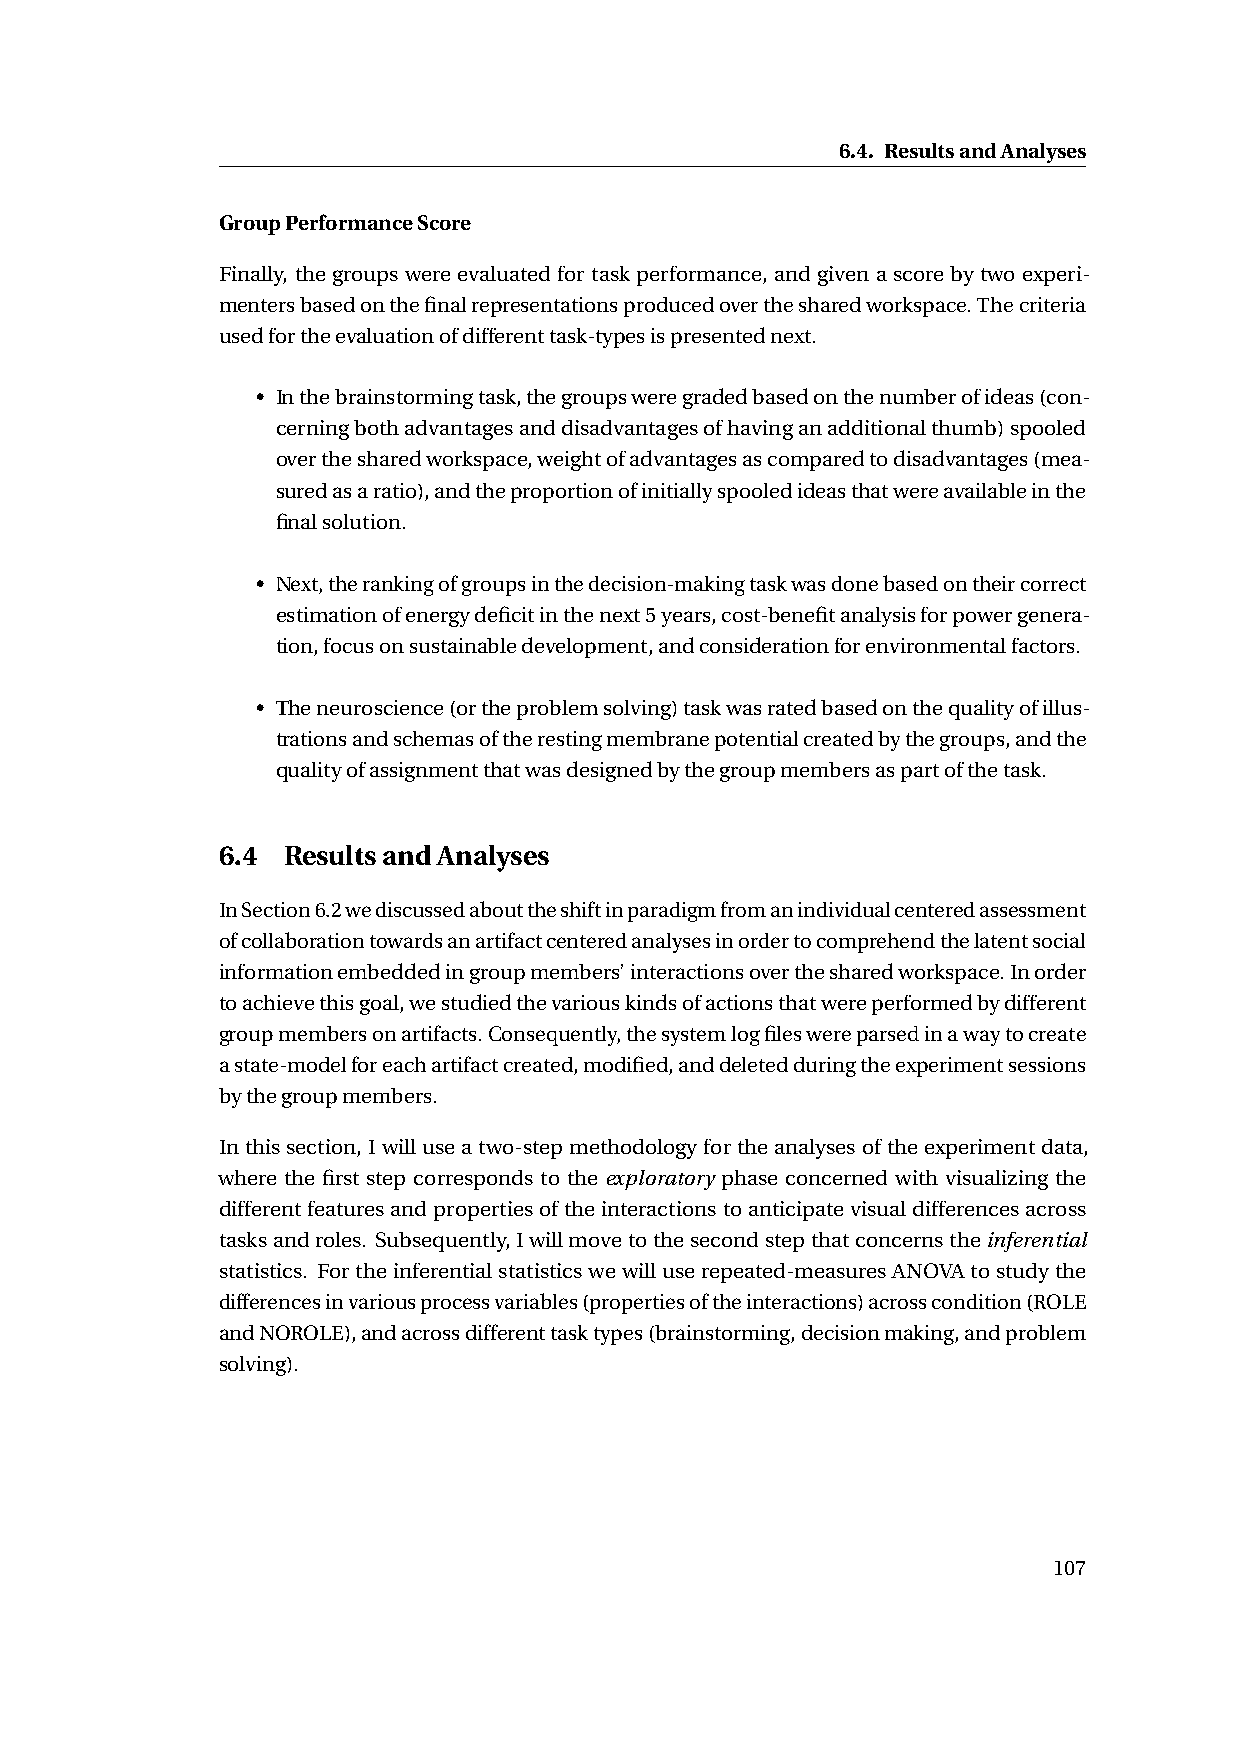
6.4. ResultsandAnalyses
 GroupPerformanceScore
 Finally, thegroupswereevaluatedfortaskperformance, andgivenascorebytwoexperi-
 mentersbasedonthefinalrepresentationsproducedoverthesharedworkspace.Thecriteria
 usedfortheevaluationofdifferenttask-typesispresentednext.
 • Inthebrainstormingtask,thegroupsweregradedbasedonthenumberofideas(con-
 cerningbothadvantagesanddisadvantagesofhavinganadditionalthumb)spooled
 overthesharedworkspace,weightofadvantagesascomparedtodisadvantages(mea-
 suredasaratio),andtheproportionofinitiallyspooledideasthatwereavailableinthe
 finalsolution.
 • Next,therankingofgroupsinthedecision-makingtaskwasdonebasedontheircorrect
 estimationofenergydeficitinthenext5years,cost-benefitanalysisforpowergenera-
 tion,focusonsustainabledevelopment,andconsiderationforenvironmentalfactors.
 • Theneuroscience(ortheproblemsolving)taskwasratedbasedonthequalityofillus-
 trationsandschemasoftherestingmembranepotentialcreatedbythegroups,andthe
 qualityofassignmentthatwasdesignedbythegroupmembersaspartofthetask.
 6.4  ResultsandAnalyses
 InSection6.2wediscussedabouttheshiftinparadigmfromanindividualcenteredassessment
 ofcollaborationtowardsanartifactcenteredanalysesinordertocomprehendthelatentsocial
 informationembeddedingroupmembers’interactionsoverthesharedworkspace.Inorder
 toachievethisgoal,westudiedthevariouskindsofactionsthatwereperformedbydifferent
 groupmembersonartifacts.Consequently,thesystemlogfileswereparsedinawaytocreate
 astate-modelforeachartifactcreated,modified,anddeletedduringtheexperimentsessions
 bythegroupmembers.
 Inthissection,Iwilluseatwo-stepmethodologyfortheanalysesoftheexperimentdata,
 where the first step corresponds to the exploratory phase concerned with visualizing the
 differentfeaturesandpropertiesoftheinteractionstoanticipatevisualdifferencesacross
 tasksandroles. Subsequently,Iwillmovetothesecondstepthatconcernstheinferential
 statistics. Fortheinferentialstatisticswewilluserepeated-measuresANOVAtostudythe
 differencesinvariousprocessvariables(propertiesoftheinteractions)acrosscondition(ROLE
 andNOROLE),andacrossdifferenttasktypes(brainstorming,decisionmaking,andproblem
 solving).
 107